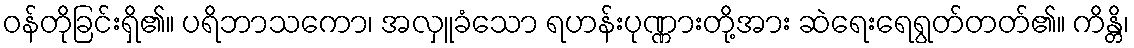
ဝန်တိုခြင်းရှိ၏။ ပရိဘာသကော၊ အလှူခံသော ရဟန်းပုဏ္ဏားတို့အား ဆဲရေးရေရွတ်တတ်၏။ ကိန္တိ၊